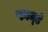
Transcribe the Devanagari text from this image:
फार्म्ड